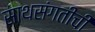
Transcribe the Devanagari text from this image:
साथसंगतीची